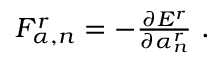
\begin{array} { r } { F _ { \alpha , n } ^ { r } = - \frac { \partial E ^ { r } } { \partial \alpha _ { n } ^ { r } } \ . } \end{array}